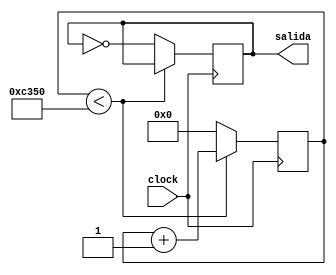
`timescale 1ns / 1ps
//////////////////////////////////////////////////////////////////////////////////
// Company: 
// Engineer: 
// 
// Design Name: 
// Module Name:    DivisorFrecuencia 
// Project Name: 
// Target Devices: 
// Tool versions: 
// Description: 
//
// Dependencies: 
//
// Revision: 
// Revision 0.01 - File Created
// Additional Comments: 
//
//////////////////////////////////////////////////////////////////////////////////
module DivisorFrecuencia(clock,salida);
input clock;
output reg salida;

reg freq = 0;

reg[15:0]count=0;

 always @ (posedge clock)
 begin
		 if(count<50000)
		  begin
		  count <= count+1;
		  end
		 else 
		  begin
		  count <= 0;
		  freq <= ~freq;
		  end
  end
     
  always @ (freq)
  begin
		salida = freq;
  end

endmodule